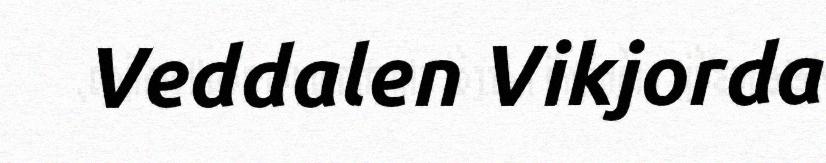
Veddalen Vikjorda